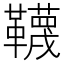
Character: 韈